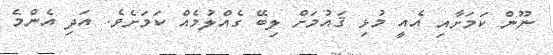
ނޫން ކަމަށާއި އެއީ މުޅި ޤައުމަށް ލިބޭ ގެއްލުމެއް ކަމަށެވެ. އަދި އެންމެ